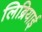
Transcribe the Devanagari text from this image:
लिब्रियाई